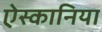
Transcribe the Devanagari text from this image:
ऐस्कानिया